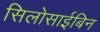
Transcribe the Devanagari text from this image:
सिलोसाईबिन